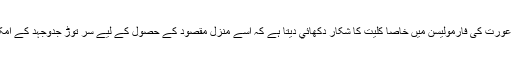
انیس ناگی پاکستانی عورت کی فارمولیسن میں خاصا کلیت کا شکار دکھائي دیتا ہے کہ اسے منزل مقصود کے حصول کے لیے سر توڑ جدوجہد کے امکانات نظر نہیں آتے۔